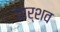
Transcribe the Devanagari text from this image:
वार्शव